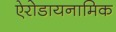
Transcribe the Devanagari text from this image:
ऐरोडायनामिक